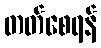
တတ်စေရန်